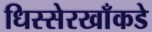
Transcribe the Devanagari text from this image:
धिस्सेरखाँकडे